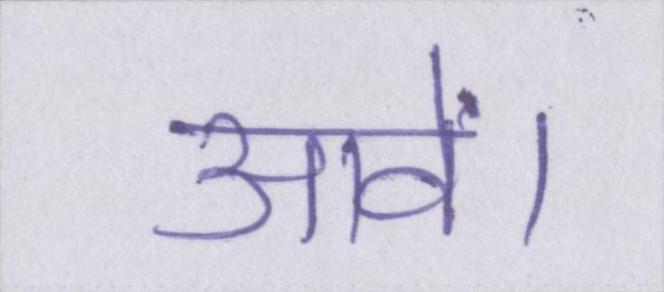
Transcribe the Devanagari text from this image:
आवें।